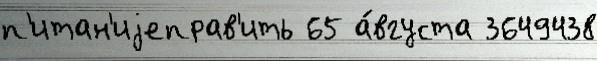
п'итан'иjеправ'ить 65 а́вгуста 3649438